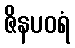
ဇိနပဝရံ